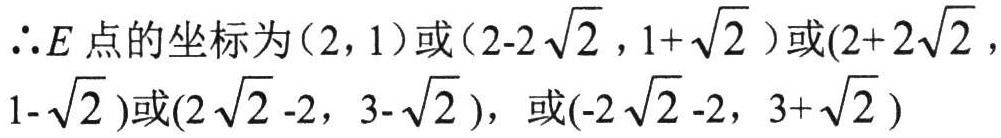
$\therefore E\text{ 点的坐标为}(2,1)\text{或}(2 - 2\sqrt{2},1+\sqrt{2})\text{或}(2 + 2\sqrt{2},1-\sqrt{2})\text{或}(2\sqrt{2}-2,3 - \sqrt{2})\text{，或}(-2\sqrt{2}-2,3+\sqrt{2})$